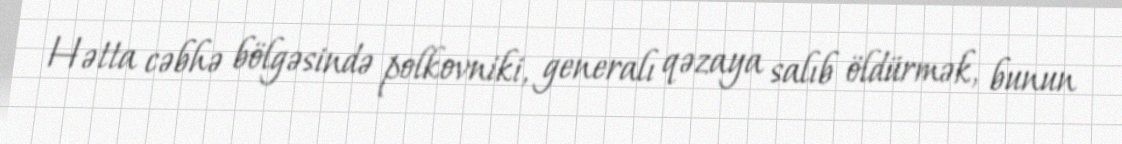
Hətta cəbhə bölgəsində polkovniki, generalı qəzaya salıb öldürmək, bunun